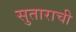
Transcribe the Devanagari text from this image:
सुताराची